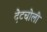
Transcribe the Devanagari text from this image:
देटचोली